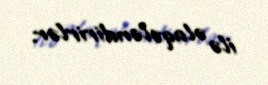
ilə əlaqələndirirlər.